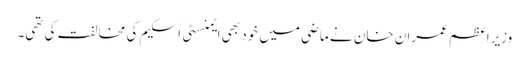
وزیراعظم عمران خان نے ماضی میں خود بھی ایمنسٹی اسکیم کی مخالفت کی تھی۔